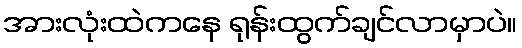
အားလုံးထဲကနေ ရုန်းထွက်ချင်လာမှာပဲ။